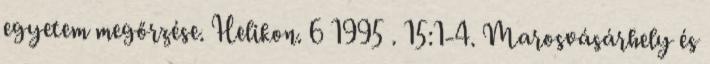
egyetem megőrzése. Helikon. 6 1995 . 15:1-4. Marosvásárhely és